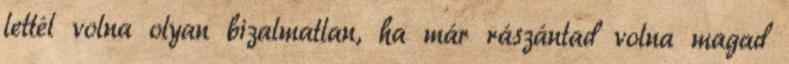
lettél volna olyan bizalmatlan, ha már rászántad volna magad